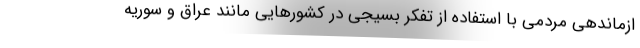
ازماندهی مردمی با استفاده از تفکر بسیجی در کشورهایی مانند عراق و سوریه